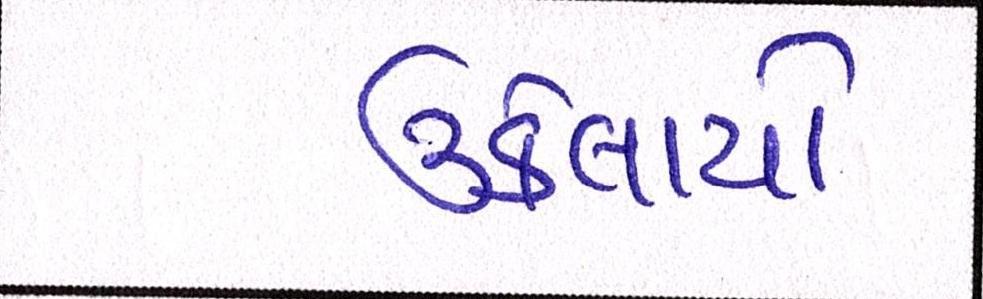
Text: ઉકેલાયો